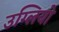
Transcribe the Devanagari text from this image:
उग्लियो